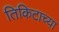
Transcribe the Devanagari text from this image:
तिकिटाच्या